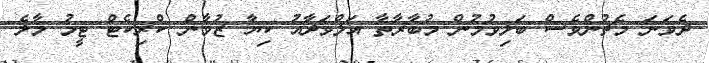
ދެވަނަ މެޗުންވެސް ބަލިވުމުން މުބާރާތާ އަލްވަދާއު ކިޔާ ޒުވާން ކްރިކެޓް ޓީމު މާލެ